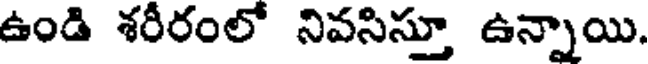
ఉండి శరీరంలో నివసిస్తూ ఉన్నాయి.